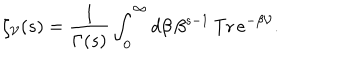
\zeta _ { \cal V } ( s ) = \frac { 1 } { \Gamma ( s ) } \int _ { 0 } ^ { \infty } d \beta \, \beta ^ { s - 1 } \, \mathrm { T r } \, e ^ { - \beta { \cal V } } .